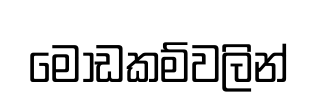
මෝඩකම්වලින්